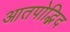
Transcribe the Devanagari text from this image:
आतपोद्भिद